Vaccination report Assam 1896-1927 - 1896-1927
Year: 1896
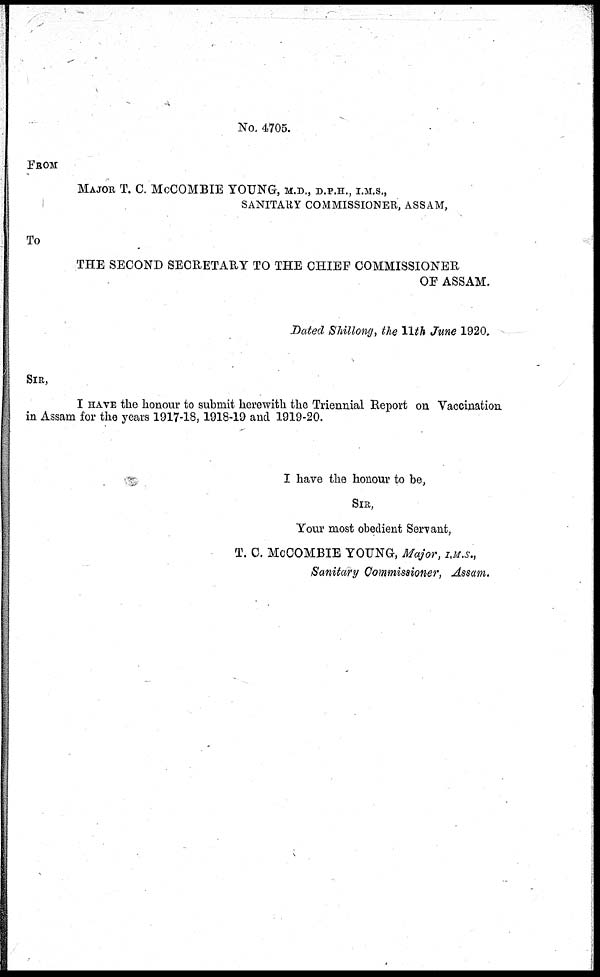
No. 4705.
FROM
MAJOR T. C. McCOMBIE YOUNG, M.D., D.P.H., I.M.S.,
SANITARY COMMISSIONER, ASSAM,
To
THE SECOND SECRETARY TO THE CHIEF COMMISSIONER
OF ASSAM.
Dated Shillong, the 11th June 1920.
SIR,
I HAVE the honour to submit herewith the Triennial Report on Vaccination
in Assam for the years 1917-18, 1918-19 and 1919-20.
I have the honour to be,
SIR,
Your most obedient Servant,
T. C. McCOMBIE YOUNG, Major, I. M. S.,
Sanitary Commissioner, Assam.